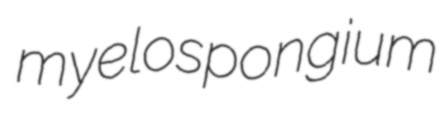
myelospongium